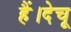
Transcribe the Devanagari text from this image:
हैं।देचू